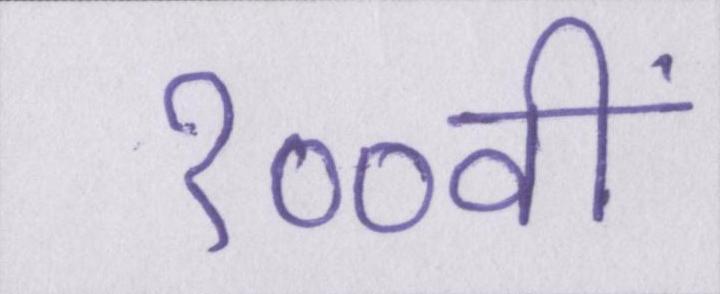
१००वीं